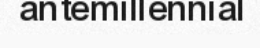
antemillennial